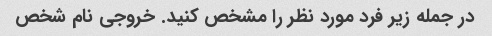
در جمله زیر فرد مورد نظر را مشخص کنید. خروجی نام شخص